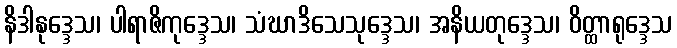
နိဒါနုဒ္ဒေသ၊ ပါရာဇိကုဒ္ဒေသ၊ သံဃာဒိသေသုဒ္ဒေသ၊ အနိယတုဒ္ဒေသ၊ ဝိတ္ထာရုဒ္ဒေသ